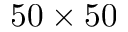
5 0 \times 5 0